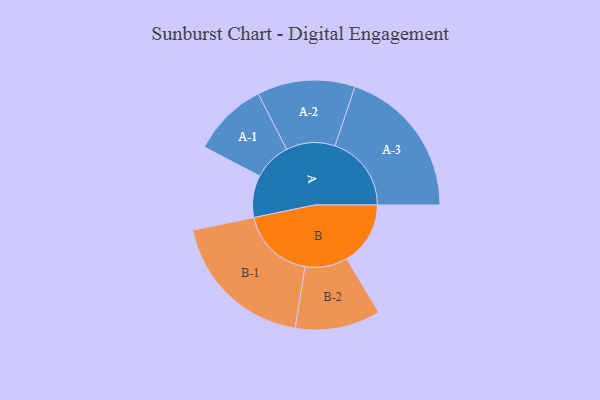
{"axis": {"x": "Segment", "y": "Value"}, "legend": ["", "A", "B"], "data": [{"x": "A", "y": 147, "type": ""}, {"x": "B", "y": 222, "type": ""}, {"x": "A-1", "y": 132, "type": "A"}, {"x": "A-2", "y": 171, "type": "A"}, {"x": "A-3", "y": 267, "type": "A"}, {"x": "B-1", "y": 259, "type": "B"}, {"x": "B-2", "y": 149, "type": "B"}]}